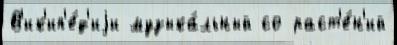
В'ик'ип'е́д'иjи музыка́льный со раст'е́н'ий